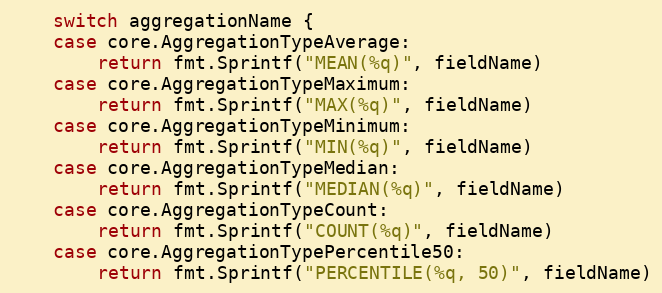
Language: Go
	switch aggregationName {
	case core.AggregationTypeAverage:
		return fmt.Sprintf("MEAN(%q)", fieldName)
	case core.AggregationTypeMaximum:
		return fmt.Sprintf("MAX(%q)", fieldName)
	case core.AggregationTypeMinimum:
		return fmt.Sprintf("MIN(%q)", fieldName)
	case core.AggregationTypeMedian:
		return fmt.Sprintf("MEDIAN(%q)", fieldName)
	case core.AggregationTypeCount:
		return fmt.Sprintf("COUNT(%q)", fieldName)
	case core.AggregationTypePercentile50:
		return fmt.Sprintf("PERCENTILE(%q, 50)", fieldName)